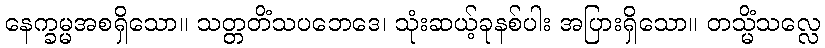
နေက္ခမ္မအစရှိသော။ သတ္တတိံသပဘေဒေ၊ သုံးဆယ့်ခုနစ်ပါး အပြားရှိသော။ တသ္မိံသလ္လေ